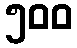
၅၀၀